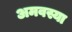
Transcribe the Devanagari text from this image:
अमवस्या